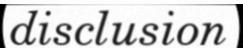
disclusion